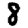
Digit: 8